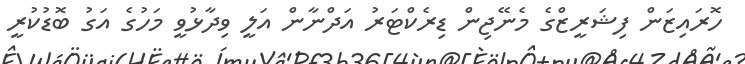
ހޮރައިޒަން ފިޝަރީޒްގެ މެނޭޖިން ޑިރެކްޓަރު އަދްނާން އަލީ ވިދާޅުވީ މަހުގެ އަގު ބޮޑުކުރީ